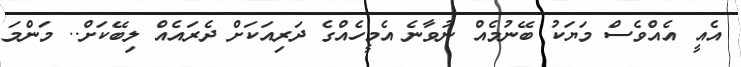
އެއީ އެއްވެސް މަޔަކު ބޭނުމެއް ނުވާނެ އެމީހެއްގެ ދަރިއަކަށް ދެރައެއް ލިބޭކަށް.. މަންމަ